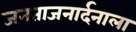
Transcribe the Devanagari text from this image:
जनताजनार्दनाला